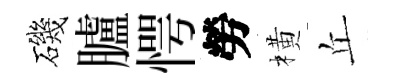
磯臚愕勞橫丘